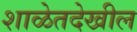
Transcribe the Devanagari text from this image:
शाळेतदेखील